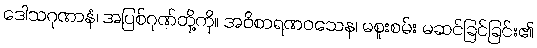
ဒေါသဂုဏာနံ၊ အပြစ်ဂုဏ်တို့ကို။ အဝိစာရဏဝသေန၊ မစူးစမ်း မဆင်ခြင်ခြင်း၏